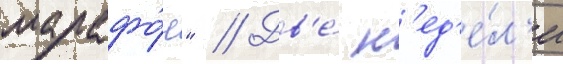
марафо́н" // Дв'е́ н'ед'е́л'и